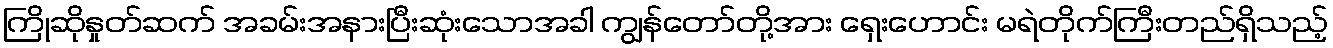
ကြိုဆိုနှုတ်ဆက် အခမ်းအနားပြီးဆုံးသောအခါ ကျွန်တော်တို့အား ရှေးဟောင်း မရဲတိုက်ကြီးတည်ရှိသည့်